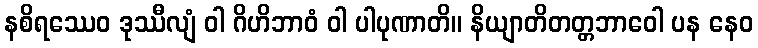
နစိရဿေဝ ဒုဿီလျံ ဝါ ဂိဟိဘာဝံ ဝါ ပါပုဏာတိ။ နိယျာတိတတ္တဘာဝေါ ပန နေဝ